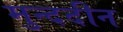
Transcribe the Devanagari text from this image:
मुन्ददीन